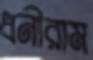
ধনীরাম